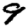
Digit: 9